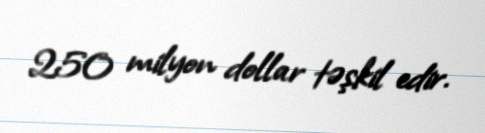
250 milyon dollar təşkil edir.